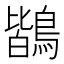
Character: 鶛